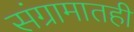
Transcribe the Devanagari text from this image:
संग्रामातही